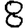
Digit: 8